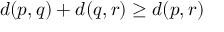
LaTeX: d ( p , q ) + d ( q , r ) \geq d ( p , r )